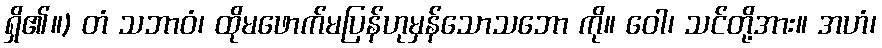
ရှိ၏။) တံ သဘာဝံ၊ ထိုမဖောက်မပြန်ဟုမှန်သောသဘော ကို။ ဝေါ၊ သင်တို့အား။ အဟံ၊